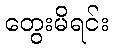
တွေးမိရင်း